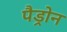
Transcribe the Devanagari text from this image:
पैड्रोन